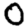
Digit: 0